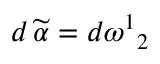
d \, \widetilde { \alpha } = d \omega ^ { 1 } { } _ { 2 }